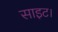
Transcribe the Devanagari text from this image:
साइट।